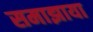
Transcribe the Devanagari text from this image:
समाझाया